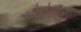
પોટોમીટર